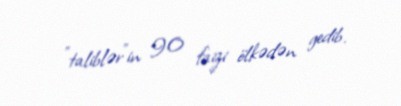
"taliblər"in 90 faizi ölkədən gedib.